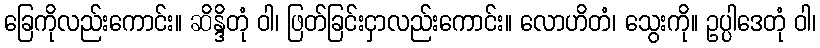
ခြေကိုလည်းကောင်း။ ဆိန္ဒိတုံ ဝါ၊ ဖြတ်ခြင်းငှာလည်းကောင်း။ လောဟိတံ၊ သွေးကို။ ဥပ္ပါဒေတုံ ဝါ၊